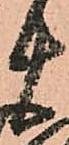
十